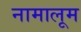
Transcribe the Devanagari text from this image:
नामालूम